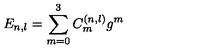
E _ { n , l } = \sum _ { m = 0 } ^ { 3 } C _ { m } ^ { \left( n , l \right) } g ^ { m }